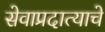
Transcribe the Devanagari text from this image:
सेवाप्रदात्याचे